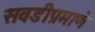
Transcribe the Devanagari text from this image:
सवडीप्रमाणे